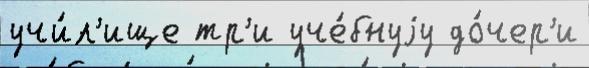
учи́л'ище тр'и уче́бнуjу до́чер'и